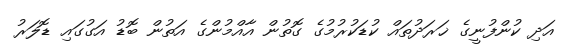
އަދި ކުންފުނީގެ ޚަރަދުތައް ކުޑަކުރުމުގެ ގޮތުން އާއްމުންގެ އަތުން ބޮޑު އަގުގައި ޑޮލަރު